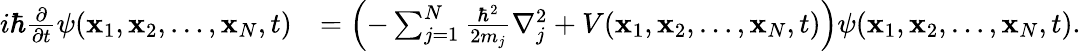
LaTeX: \begin{array}{rl}{i\hbar{\frac{\partial}{\partial t}}\psi(\mathbf{x}_{1},\mathbf{x}_{2},\ldots,\mathbf{x}_{N},t)}&{=\left(-\sum_{j=1}^{N}{\frac{\hbar^{2}}{2m_{j}}}{\nabla_{j}^{2}}+V(\mathbf{x}_{1},\mathbf{x}_{2},\ldots,\mathbf{x}_{N},t)\right)\psi(\mathbf{x}_{1},\mathbf{x}_{2},\ldots,\mathbf{x}_{N},t).}\end{array}